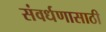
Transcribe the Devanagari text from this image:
संवर्धणासाठी